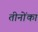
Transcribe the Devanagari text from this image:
तीनोंका